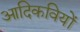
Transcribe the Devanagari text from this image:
आदिकवियों